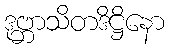
ဒုဗ္ဘာသိတဒိဋ္ဌိနော